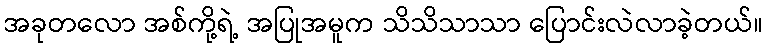
အခုတလော အစ်ကို့ရဲ့ အပြုအမူက သိသိသာသာ ပြောင်းလဲလာခဲ့တယ်။